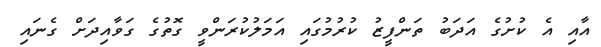
އާއި އެ ކުށުގެ އަދަބު ތަންފީޒު ކުރުމުގައި އަމަލުކުރަންވީ ގޮތުގެ ގަވާއިދަށް ގެނައި